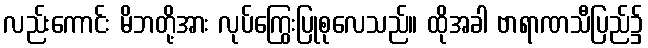
လည်းကောင်း မိဘတို့အား လုပ်ကြွေးပြုစုလေသည်။ ထိုအခါ ဗာရာဏသီပြည်၌